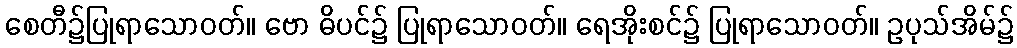
စေတီ၌ပြုရာသောဝတ်။ ဗော ဓိပင်၌ ပြုရာသောဝတ်။ ရေအိုးစင်၌ ပြုရာသောဝတ်။ ဥပုသ်အိမ်၌